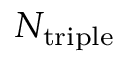
N _ { \mathrm { t r i p l e } }